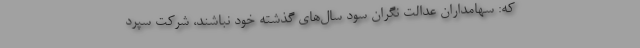
که: سهامداران عدالت نگران سود سال‌های گذشته خود نباشند، شرکت سپرد